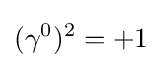
(\gamma ^{0})^{2}=+1